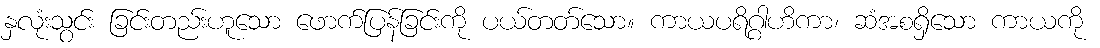
နှလုံးသွင်း ခြင်းတည်းဟူသော ဖောက်ပြန်ခြင်းကို ပယ်တတ်သော။ ကာယပရိဂ္ဂါဟိကာ၊ ဆံအစရှိသော ကာယကို